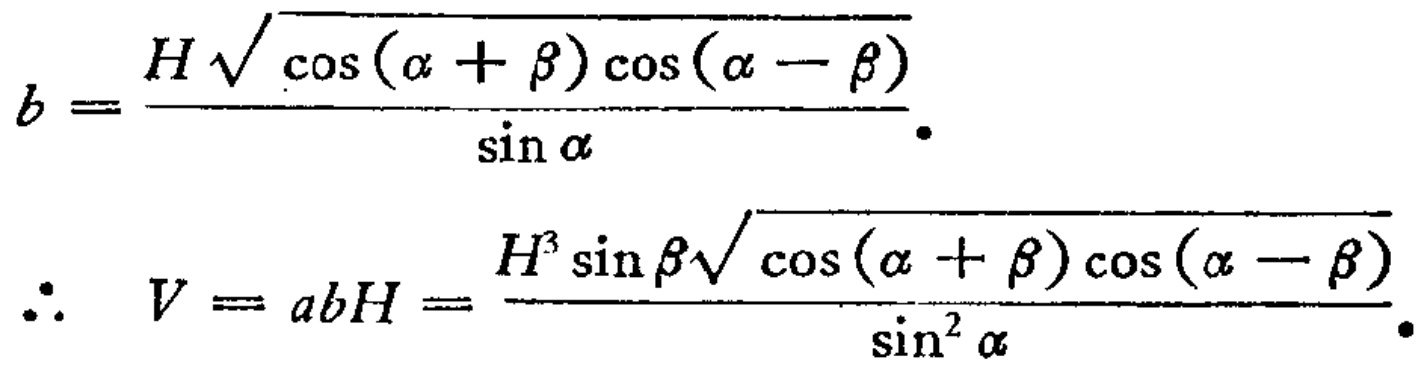
\[
b = \frac{H\sqrt{\cos(\alpha + \beta)\cos(\alpha - \beta)}}{\sin\alpha}.
\]
\[
\therefore V = abH = \frac{H^{3}\sin\beta\sqrt{\cos(\alpha + \beta)\cos(\alpha - \beta)}}{\sin^{2}\alpha}.
\]